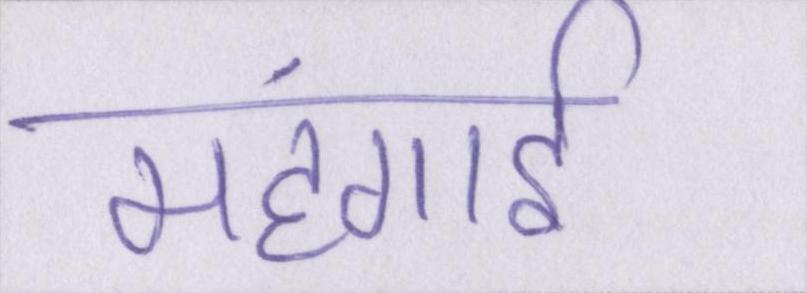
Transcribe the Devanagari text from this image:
महंगार्इ